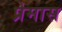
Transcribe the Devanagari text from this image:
प्रेमास